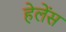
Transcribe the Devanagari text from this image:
हेलेंस